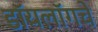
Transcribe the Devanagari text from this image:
डॉयलॉगचे